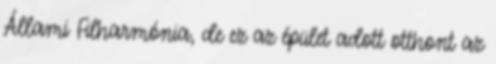
Állami Filharmónia, de ez az épület adott otthont az